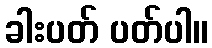
ခါးပတ် ပတ်ပါ။